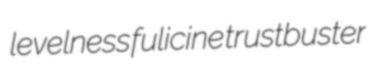
levelness fulicine trustbuster